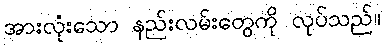
အားလုံးသော နည်းလမ်းတွေကို လုပ်သည်။